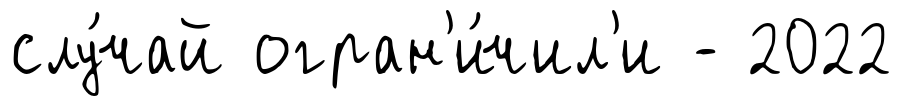
слу́чай огран'и́чил'и - 2022